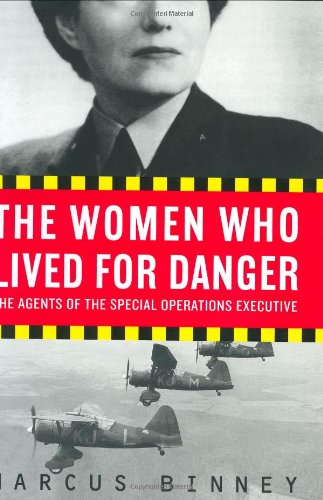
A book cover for The Women Who Lived for Danger: The Agents of the Special Operations Executive; Marcus Binney; Politics & Social Sciences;